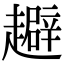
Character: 𧾑